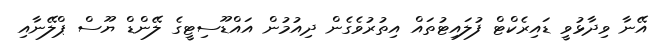
އޭނާ ވިދާޅުވީ ޑައިރެކްޓް ފުލައިޓުތައް އިތުރުވެގެން ދިއުމުން އައްޑޫސިޓީގެ ލޭންޑް ޔޫސް ޕްލޭނާއި